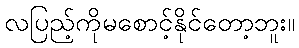
လပြည့်ကိုမစောင့်နိုင်တော့ဘူး။